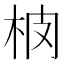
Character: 𱣈